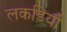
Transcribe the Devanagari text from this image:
लकड़िर्यो